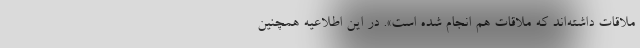
ملاقات داشته‌اند که ملاقات هم انجام شده است». در این اطلاعیه همچنین